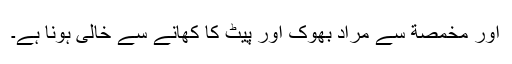
اور مخمصة سے مراد بھوک اور پیٹ کا کھانے سے خالی ہونا ہے۔